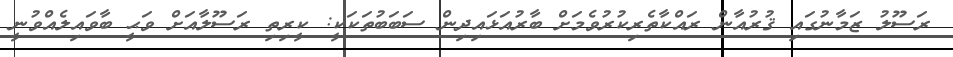
ރަސޫލު ޒަމާނުގައި ޤުރުއާން ރައްކާތެރިކުރުވެމަށް ބާރުއަޅައިދިން ސަބަބުތަކަކީ: ކީރިތި ރަސޫލާއަށް ވަޙީ ބާވައިލެއްވުނީ